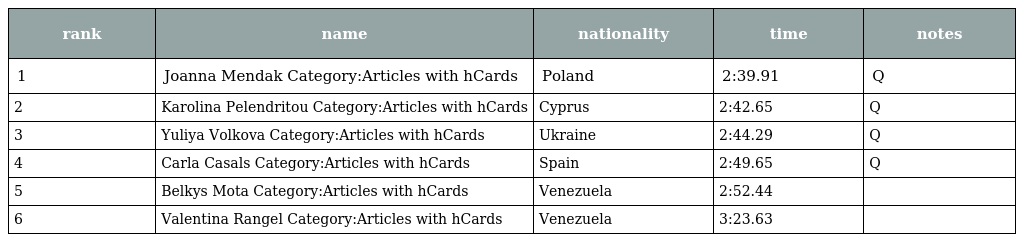
| rank | name | nationality | time | notes |
 | --- | --- | --- | --- | --- |
 | 1 | Joanna Mendak Category:Articles with hCards | Poland | 2:39.91 | Q |
 | 2 | Karolina Pelendritou Category:Articles with hCards | Cyprus | 2:42.65 | Q |
 | 3 | Yuliya Volkova Category:Articles with hCards | Ukraine | 2:44.29 | Q |
 | 4 | Carla Casals Category:Articles with hCards | Spain | 2:49.65 | Q |
 | 5 | Belkys Mota Category:Articles with hCards | Venezuela | 2:52.44 |  |
 | 6 | Valentina Rangel Category:Articles with hCards | Venezuela | 3:23.63 |  |